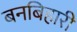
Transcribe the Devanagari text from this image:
बनबिहारी